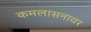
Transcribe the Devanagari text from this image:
कमलासनावर